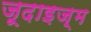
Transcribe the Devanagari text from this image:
जूदाइज़्म